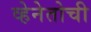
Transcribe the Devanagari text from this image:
व्हेनेतोची